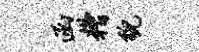
函糟貌